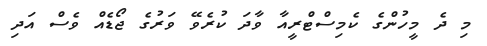
މި ދެ މީހުންގެ ކެމިސްޓްރީއާ ވާދަ ކުރެވޭ ވަރުގެ ޖޯޑެއް ވެސް އަދި